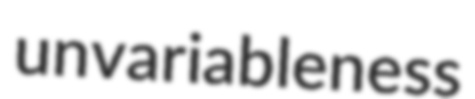
unvariableness